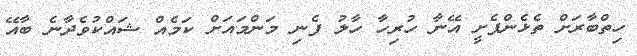
ހިތްބާރަށް ތެޅެންފެށީ އޭނާ ހުރިހާ ހާލު ފެނި މަންމައަށް ކަމެއް ޝައްކުވެދާނެ ބާއޭ